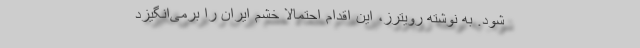
شود. به نوشته رویترز، این اقدام احتمالاً خشم ایران را برمی‌انگیزد